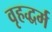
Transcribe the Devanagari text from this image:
वृहद्धर्म